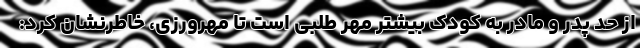
از حد پدر و مادر به کودک بیشتر مهر طلبی است تا مهرورزی، خاطرنشان کرد: